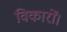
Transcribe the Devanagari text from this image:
विकारों।